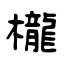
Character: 櫳